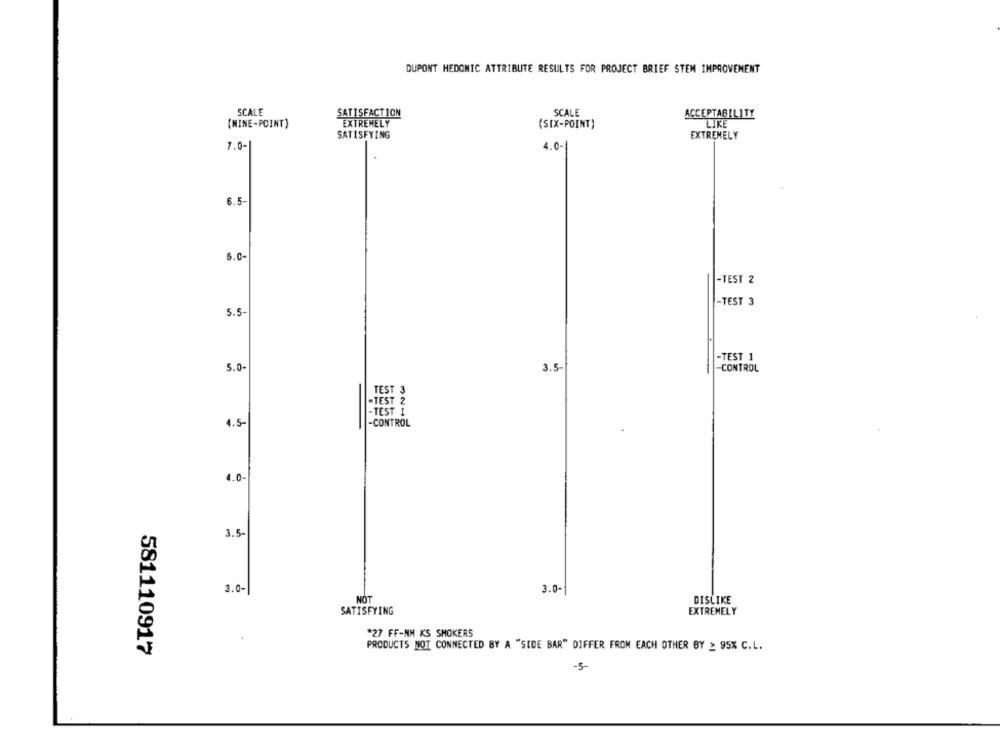
DUPONT HEDONIC ATTRIBUTE RESULTS FOR PROJECT BRIEF STEM IMPROVEMENT
SCALE
SATISFACTION
SCALE
ACCEPTABILITY
(MINE-POINT)
EXTREMELY
(SIX-POINT)
LIKE
SATISFYING
EXTREMELY
7.0-
4.0-
6.5-
5.0-
-TEST 2
-TEST 3
5.5
-TEST 1
5.0
3.5
-CONTROL
TEST 3
-TEST 2
-TEST 1
4.5-
-CONTROL
4.0
3.5-
3.0-
3.0-
NOT
DISLIKE
SATISFYING
EXTREMELY
*27 FF-NH KS SMOKERS
581110917
PRODUCTS NOT CONNECTED BY A "SIDE BAR" DIFFER FROM EACH OTHER BY _ 95% C.L.
-5-